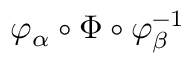
\varphi _ { \alpha } \circ \Phi \circ \varphi _ { \beta } ^ { - 1 }